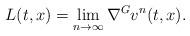
LaTeX: \begin{align*} L(t,x)=\lim_{n\rightarrow\infty} \nabla^G v^n(t,x).\end{align*}